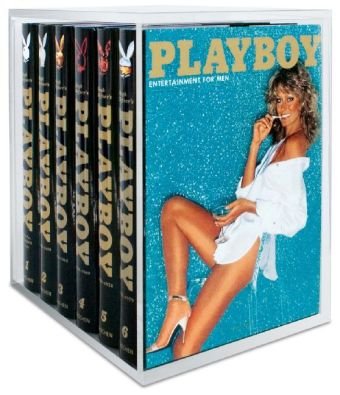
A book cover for Hugh Hefner's Playboy, 6 Volumes (Collectors); Hugh M Hefner; Arts & Photography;